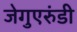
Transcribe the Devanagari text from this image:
जेगुएरुंडी